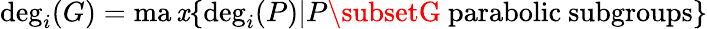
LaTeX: \deg_{i}(G)=\operatorname*{ma\mathit{x}}\{ \deg_{i}(P)|P\subsetG{\mathrm{{~parabolic~subgroups}}}\}